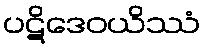
ပဋိဒေဝယိဿံ